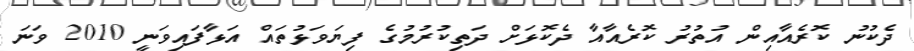
ދެކުނު ކޮރެއާއިން އުތުރު ކޮރެއާއާ ދެކޮޅަށް ދަތިކުރުމުގެ ފިޔަވަޅުތައް އަޅާފައިވަނީ 2010 ވަނަ